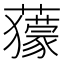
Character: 𧃶